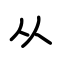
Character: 从